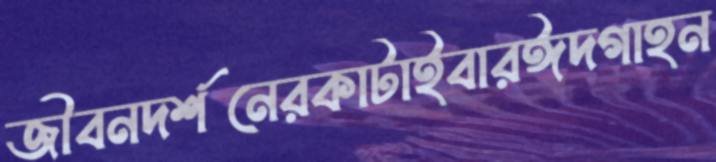
জীবনদর্শনেরকাটাইবারঈদগাহন